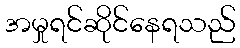
အမှုရင်ဆိုင်နေရသည်